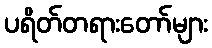
ပရိတ်တရားတော်များ